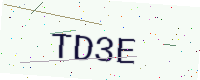
Text: TD3E